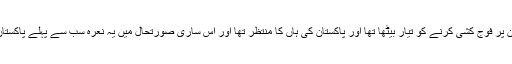
امریکہ افغانستان پر فوج کشی کرنے کو تیار بیٹھا تھا اور پاکستان کی ہاں کا منتظر تھا اور اس ساری صورتحال میں یہ نعرہ سب سے پہلے پاکستان وجود میں آیا ۔